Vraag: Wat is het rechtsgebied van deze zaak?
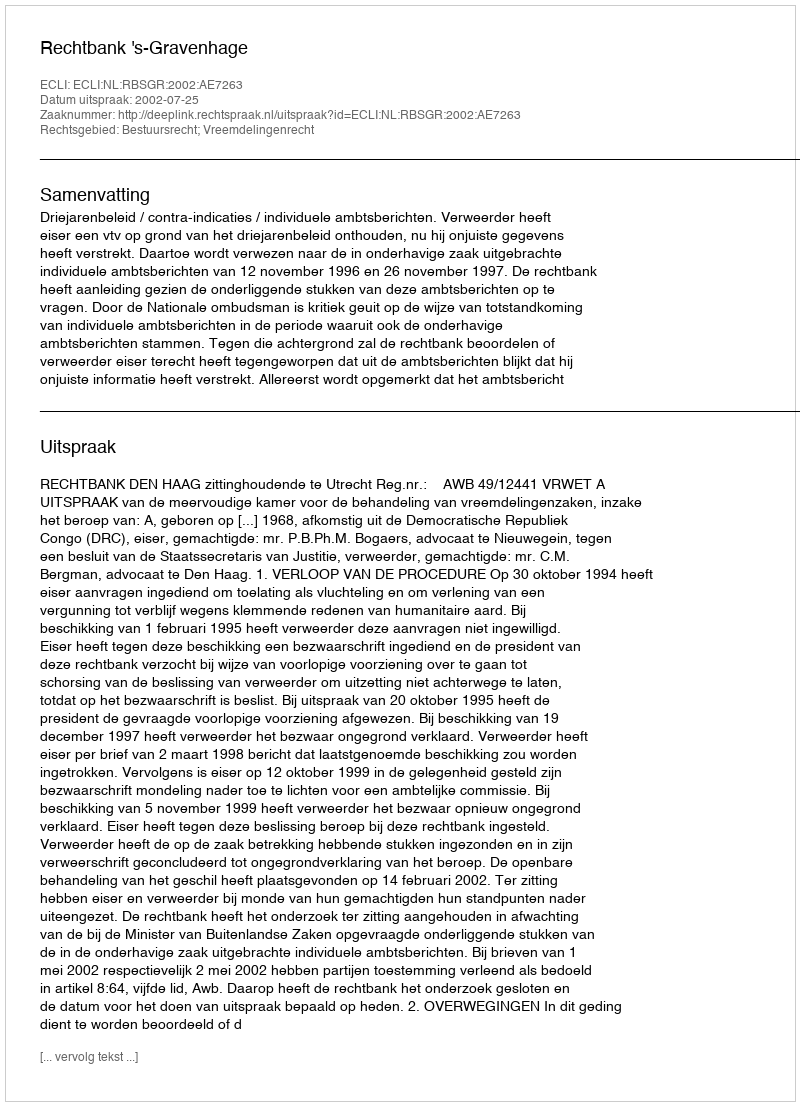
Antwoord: Bestuursrecht; Vreemdelingenrecht